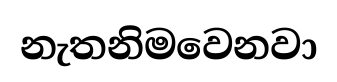
නැතනිමවෙනවා